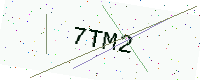
Text: 7TM2